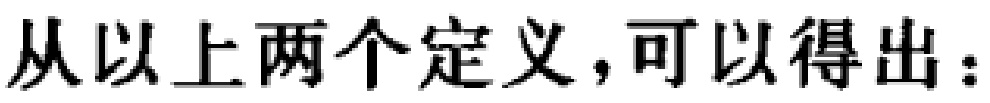
从以上两个定义，可以得出：